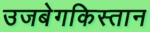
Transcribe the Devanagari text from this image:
उजबेगकिस्तान